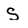
Character: S